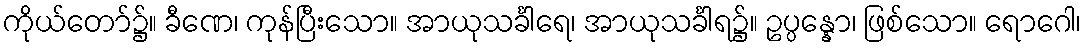
ကိုယ်တော်၌။ ခီဏေ၊ ကုန်ပြီးသော။ အာယုသင်္ခါရေ၊ အာယုသင်္ခါရ၌။ ဥပ္ပန္နော၊ ဖြစ်သော။ ရောဂေါ၊